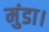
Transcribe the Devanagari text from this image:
मुंडा।